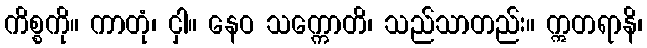
ကိစ္စကို။ ကာတုံ၊ ငှါ။ နေဝ သက္ကောတိ၊ သည်သာတည်း။ ဣတရာနိ၊